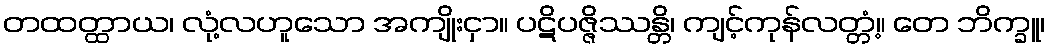
တထတ္ထာယ၊ လုံ့လဟူသော အကျိုးငှာ။ ပဋိပဇ္ဇိဿန္တိ၊ ကျင့်ကုန်လတ္တံ့။ တေ ဘိက္ခူ၊